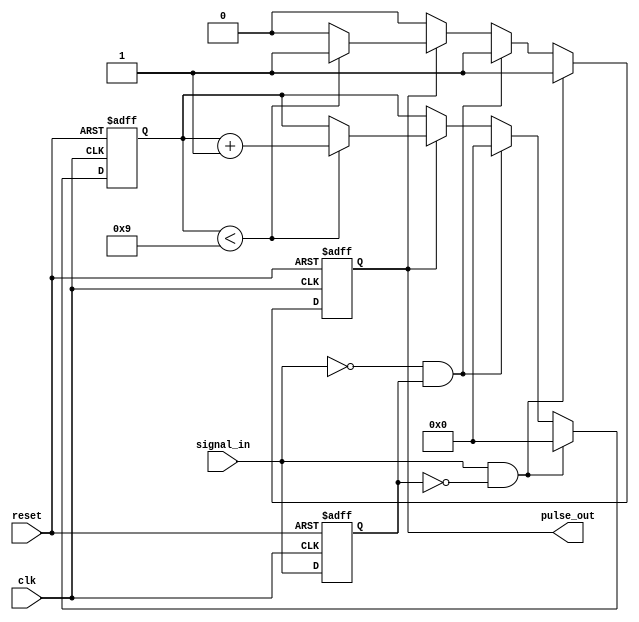
module MonostableEdgeDetector (
    input wire clk,          // Clock input
    input wire reset,        // Reset input
    input wire signal_in,    // Input signal to detect edges
    output reg pulse_out     // Output pulse
);

    // Parameters
    parameter PULSE_WIDTH = 10; // Pulse width in clock cycles

    // Internal signals
    reg signal_prev;           // Previous state of the input signal
    reg [3:0] pulse_counter;   // Counter for pulse width

    // Edge detection and pulse generation
    always @(posedge clk or posedge reset) begin
        if (reset) begin
            signal_prev <= 1'b0; // Initialize previous signal state
            pulse_out <= 1'b0;   // Reset output pulse
            pulse_counter <= 4'b0; // Reset pulse counter
        end else begin
            // Edge detection
            if (signal_in && !signal_prev) begin
                // Rising edge detected
                pulse_out <= 1'b1; // Generate pulse
                pulse_counter <= 4'b0; // Reset pulse counter
            end else if (!signal_in && signal_prev) begin
                // Falling edge detected
                pulse_out <= 1'b1; // Generate pulse
                pulse_counter <= 4'b0; // Reset pulse counter
            end else if (pulse_out) begin
                // If pulse is active, increment the counter
                if (pulse_counter < PULSE_WIDTH - 1) begin
                    pulse_counter <= pulse_counter + 1;
                end else begin
                    pulse_out <= 1'b0; // Deactivate pulse after specified width
                end
            end
            
            // Update previous signal state
            signal_prev <= signal_in;
        end
    end

endmodule